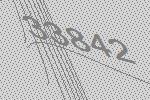
33842